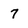
Character: 7